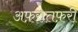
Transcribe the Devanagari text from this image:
अफ़रातफ़री